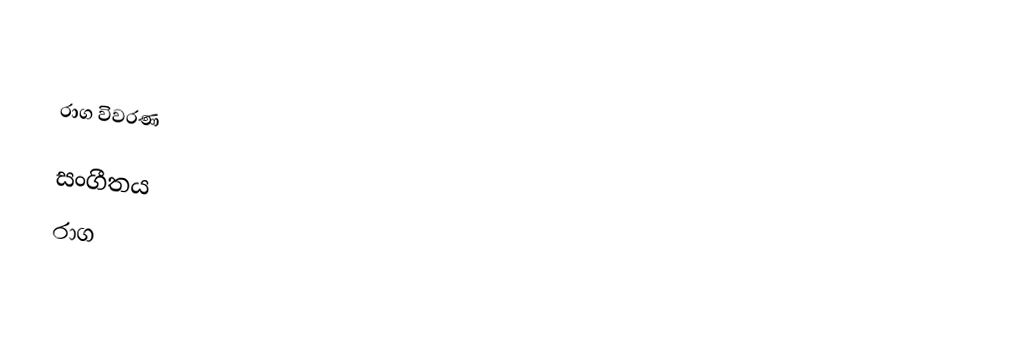

රාග විවරණ

සංගීතය
රාග